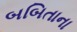
બબિતાના